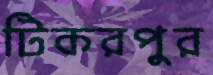
টিকরপুর